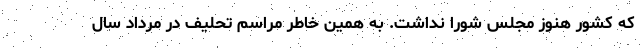
که کشور هنوز مجلس شورا نداشت. به همین خاطر مراسم تحلیف در مرداد سال